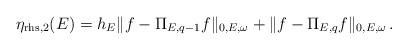
LaTeX: \begin{align*}\eta_{{\rm rhs},2}(E) = h_E \Vert f - \Pi_{E,q-1} f \Vert_{0,E,\omega} + \Vert f - \Pi_{E,q} f \Vert_{0,E,\omega} \,.\end{align*}